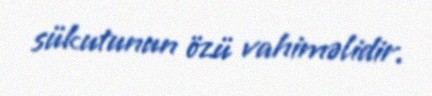
sükutunun özü vahiməlidir.